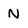
Character: N